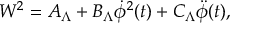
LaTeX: W ^ { 2 } = A _ { \Lambda } + B _ { \Lambda } \dot { \phi } ^ { 2 } ( t ) + C _ { \Lambda } \ddot { \phi } ( t ) ,